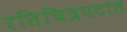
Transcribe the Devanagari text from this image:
रतिचित्रपटात